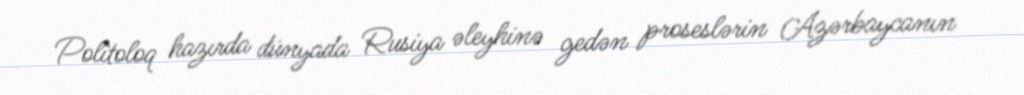
Politoloq hazırda dünyada Rusiya əleyhinə gedən proseslərin Azərbaycanın